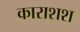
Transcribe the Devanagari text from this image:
काराशश